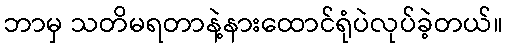
ဘာမှ သတိမရတာနဲ့နားထောင်ရုံပဲလုပ်ခဲ့တယ်။